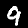
Digit: 9